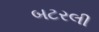
બટરલી